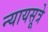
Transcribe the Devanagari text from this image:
न्यायसूत्रे